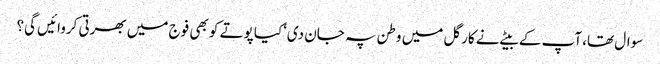
سوال تھا، آپ کے بیٹے نے کارگل میں وطن پہ جان دی‘کیا پوتے کو بھی فوج میں بھرتی کروائیں گی؟